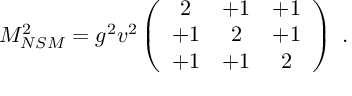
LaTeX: M _ { N S M } ^ { 2 } = g ^ { 2 } v ^ { 2 } \left( \begin{array} { c c c } { { 2 } } & { { + 1 } } & { { + 1 } } \\ { { + 1 } } & { { 2 } } & { { + 1 } } \\ { { + 1 } } & { { + 1 } } & { { 2 } } \end{array} \right) ~ . ~ \,